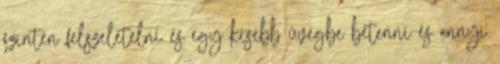
szintén felszeletelni és egy kisebb üvegbe betenni és annyi